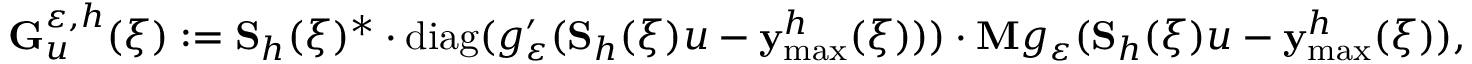
\mathbf { G } _ { u } ^ { \varepsilon , h } ( \xi ) : = \mathbf { S } _ { h } ( \xi ) ^ { * } \cdot \mathrm { d i a g } ( g _ { \varepsilon } ^ { \prime } ( \mathbf { S } _ { h } ( \xi ) u - \mathbf { y } _ { \operatorname* { m a x } } ^ { h } ( \xi ) ) ) \cdot \mathbf { M } g _ { \varepsilon } ( \mathbf { S } _ { h } ( \xi ) u - \mathbf { y } _ { \operatorname* { m a x } } ^ { h } ( \xi ) ) ,